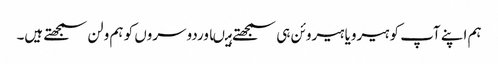
ہم اپنے آپ کو ہیرویا ہیروئن ہی سمجھتے ہیںاوردوسروں کو ہم ولن سمجھتے ہیں۔